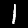
Label: 1